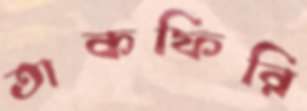
তাকফিরি